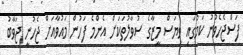
ފަސްޖެހެވުނު ކަމުގައި ވިޔަސް މީޒާގެ ސުވާލުތަކަށް އެންމެ ފަހުން މައުވާއަށް ޖެހުނީ ޖަވާބު